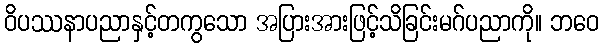
ဝိပဿနာပညာနှင့်တကွသော အပြားအားဖြင့်သိခြင်းမဂ်ပညာကို။ ဘဝေ